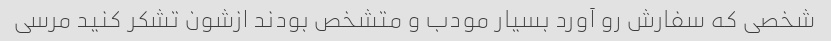
شخصی که سفارش رو آورد بسیار مودب و متشخص بودند ازشون تشکر کنید مرسی